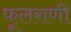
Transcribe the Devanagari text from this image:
फूलराणी